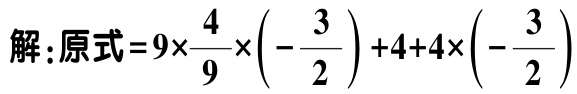
解：原式\(=9\times\frac{4}{9}\times\left(-\frac{3}{2}\right)+4 + 4\times\left(-\frac{3}{2}\right)\)